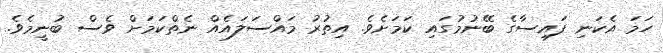
ހަމަ އެކަނި ފައިސާގެ ބޭނުމުގައި ކަމަށެވެ. އިތުރު މައްސަލައެއް ނެތްކަމަށް ވެސް ބުނީމެވެ.